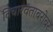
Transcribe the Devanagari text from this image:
विचारवंताबरोबर